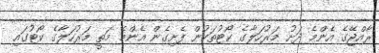
ރާއްޖޭގެ އެންމެ ދަށު މަރުހަލާގެ ކޯޓުތަކުން ފެށިގެން އެންމެ މަތީ މަރުހަލާގެ ކޯޓުގައި